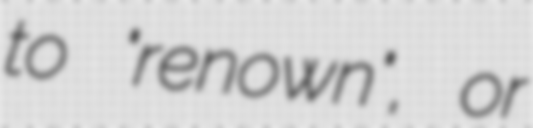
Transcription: to "renown", or